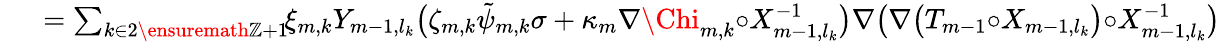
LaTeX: \begin{array}{rl}{\mathrm{~}}&{{}=\sum_{k\in 2\ensuremath{\mathbb{Z}}+1}\! \! \xi_{m,k}Y_{m-1,l_{k}}\bigl(\zeta_{m,k}\tilde{\psi}_{m,k}\sigma+\kappa_{m}\nabla{\Chi}_{m,k}{\circ}X_{m-1,l_{k}}^{-1}\bigr)\nabla\bigl(\nabla\bigl(T_{m-1}{\circ}X_{m-1,l_{k}}\bigr){\circ}X_{m-1,l_{k}}^{-1}\bigr)}\end{array}